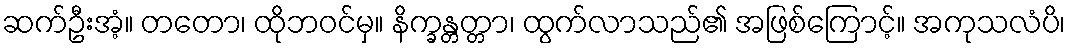
ဆက်ဦးအံ့။ တတော၊ ထိုဘဝင်မှ။ နိက္ခန္တတ္တာ၊ ထွက်လာသည်၏ အဖြစ်ကြောင့်။ အကုသလံပိ၊